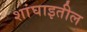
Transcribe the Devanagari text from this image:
शांघाइतील